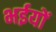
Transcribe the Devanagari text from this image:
भईयों